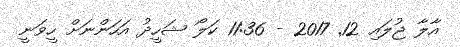
އާލާ ޖުލައި 12